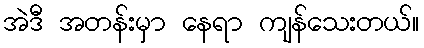
အဲဒီ အတန်းမှာ နေရာ ကျန်သေးတယ်။